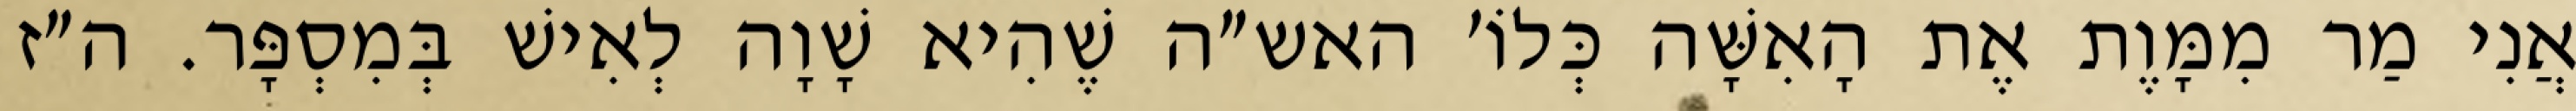
אֲנִי מַר מִמָּוֶת אֶת הָאִשָּׁה כְּלוֹ׳ האש״ה שֶׁהִיא שָׁוָה לְאִישׁ בְּמִסְפָּר. ה״ז